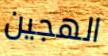
الهجين